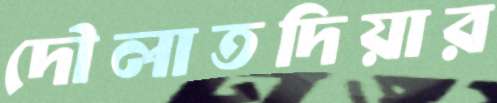
দৌলাতদিয়ার